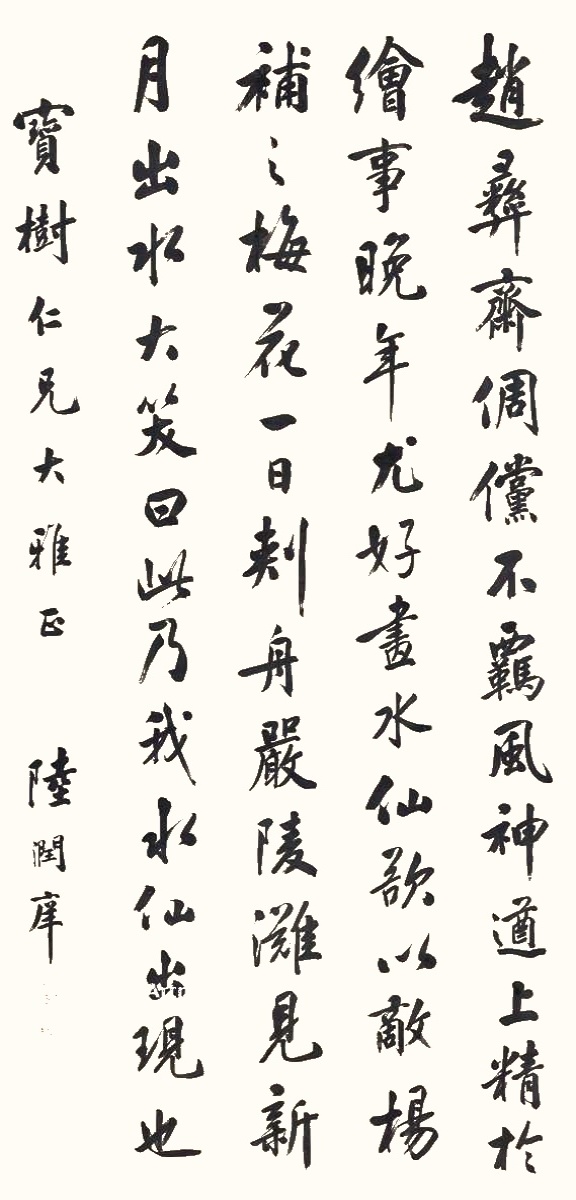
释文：赵彝斋倜傥不羁，风神遒上，精于绘事，晚年尤好画水仙，欲以敌杨补之梅花。一日刺舟严陵滩，见新月出水，大笑曰，此乃我水仙出现也。宝树仁兄大雅正，陆润庠。